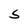
Character: S